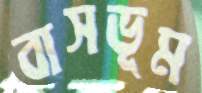
বাসভূম